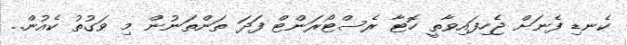
ކެނޑި ފެނަށް ޖެހިފައިވާތީ ހޮޓާ ރެސްޓޯރަންޓް ފަދަ ތަންތަނުން މި ވަގުތު ކެއުން..